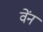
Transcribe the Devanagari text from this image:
वेंन